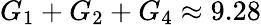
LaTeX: G_{1}+G_{2}+G_{4}\approx 9.28